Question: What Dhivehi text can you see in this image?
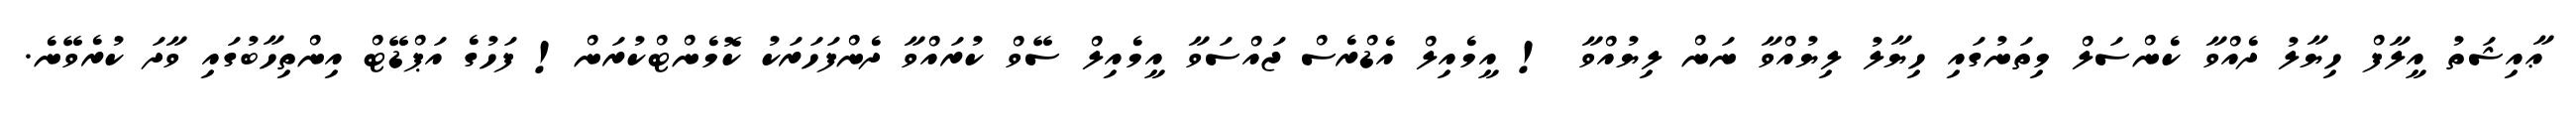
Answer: ޢާއިޝަތު އީލާފް ހިޔާލު ދެއްވާ ކެންސަލް މިތަނުގައި ހިޔާލު ލިޔުއްވާ ނަން ލިޔުއްވާ ! އީމެއިލް އެޑްރެސް ޖައްސަވާ އީމެއިލް ސޭވް ކުރައްވާ ދެންފަހަރަކު ކޮމެންޓްކުރަން! ފަހުގެ އަޕްޑޭޓް އިންތިހާބުގައި ވާދަ ކުރެވޭނެ.